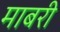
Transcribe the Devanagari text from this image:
माबरी